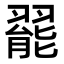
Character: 𬚆